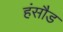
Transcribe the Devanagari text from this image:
हंसौड